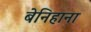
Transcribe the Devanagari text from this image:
बेनिहाना